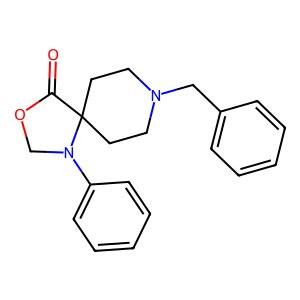
SMILES: O=C1OCN(c2ccccc2)C12CCN(Cc1ccccc1)CC2
Inhibits HIV replication: No